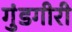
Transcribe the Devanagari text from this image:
गुंडगीरी